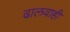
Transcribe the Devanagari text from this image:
ढालवाही